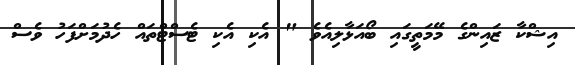
އިޝްކާ ޒައިންގެ މޭމަތީގައި ބޯއަޅާލިއެވެ " އެކި އެކި ޓެސްޓްތައް ހެދުމަށްފަހު ވެސް